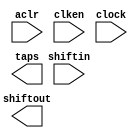
// megafunction wizard: %Shift register (RAM-based)%VBB%
// GENERATION: STANDARD
// VERSION: WM1.0
// MODULE: ALTSHIFT_TAPS 

// ============================================================
// Megafunction Name(s):
// 			ALTSHIFT_TAPS
//
// Simulation Library Files(s):
// 			altera_mf
// ============================================================
// ************************************************************
// THIS IS A WIZARD-GENERATED FILE. DO NOT EDIT THIS FILE!
//
// 18.0.0 Build 614 04/24/2018 SJ Lite Edition
// ************************************************************

//Copyright (C) 2018  Intel Corporation. All rights reserved.
//Your use of Intel Corporation's design tools, logic functions 
//and other software and tools, and its AMPP partner logic 
//functions, and any output files from any of the foregoing 
//(including device programming or simulation files), and any 
//associated documentation or information are expressly subject 
//to the terms and conditions of the Intel Program License 
//Subscription Agreement, the Intel Quartus Prime License Agreement,
//the Intel FPGA IP License Agreement, or other applicable license
//agreement, including, without limitation, that your use is for
//the sole purpose of programming logic devices manufactured by
//Intel and sold by Intel or its authorized distributors.  Please
//refer to the applicable agreement for further details.

module test_shift (
	aclr,
	clken,
	clock,
	shiftin,
	shiftout,
	taps);

	input	  aclr;
	input	  clken;
	input	  clock;
	input	[4:0]  shiftin;
	output	[4:0]  shiftout;
	output	[9:0]  taps;
`ifndef ALTERA_RESERVED_QIS
// synopsys translate_off
`endif
	tri1	  aclr;
	tri1	  clken;
`ifndef ALTERA_RESERVED_QIS
// synopsys translate_on
`endif

endmodule

// ============================================================
// CNX file retrieval info
// ============================================================
// Retrieval info: PRIVATE: ACLR NUMERIC "1"
// Retrieval info: PRIVATE: CLKEN NUMERIC "1"
// Retrieval info: PRIVATE: GROUP_TAPS NUMERIC "0"
// Retrieval info: PRIVATE: INTENDED_DEVICE_FAMILY STRING "Cyclone V"
// Retrieval info: PRIVATE: NUMBER_OF_TAPS NUMERIC "2"
// Retrieval info: PRIVATE: RAM_BLOCK_TYPE NUMERIC "3"
// Retrieval info: PRIVATE: SYNTH_WRAPPER_GEN_POSTFIX STRING "0"
// Retrieval info: PRIVATE: TAP_DISTANCE NUMERIC "250"
// Retrieval info: PRIVATE: WIDTH NUMERIC "5"
// Retrieval info: LIBRARY: altera_mf altera_mf.altera_mf_components.all
// Retrieval info: CONSTANT: INTENDED_DEVICE_FAMILY STRING "Cyclone V"
// Retrieval info: CONSTANT: LPM_HINT STRING "RAM_BLOCK_TYPE=AUTO"
// Retrieval info: CONSTANT: LPM_TYPE STRING "altshift_taps"
// Retrieval info: CONSTANT: NUMBER_OF_TAPS NUMERIC "2"
// Retrieval info: CONSTANT: TAP_DISTANCE NUMERIC "250"
// Retrieval info: CONSTANT: WIDTH NUMERIC "5"
// Retrieval info: USED_PORT: aclr 0 0 0 0 INPUT VCC "aclr"
// Retrieval info: USED_PORT: clken 0 0 0 0 INPUT VCC "clken"
// Retrieval info: USED_PORT: clock 0 0 0 0 INPUT NODEFVAL "clock"
// Retrieval info: USED_PORT: shiftin 0 0 5 0 INPUT NODEFVAL "shiftin[4..0]"
// Retrieval info: USED_PORT: shiftout 0 0 5 0 OUTPUT NODEFVAL "shiftout[4..0]"
// Retrieval info: USED_PORT: taps 0 0 10 0 OUTPUT NODEFVAL "taps[9..0]"
// Retrieval info: CONNECT: @aclr 0 0 0 0 aclr 0 0 0 0
// Retrieval info: CONNECT: @clken 0 0 0 0 clken 0 0 0 0
// Retrieval info: CONNECT: @clock 0 0 0 0 clock 0 0 0 0
// Retrieval info: CONNECT: @shiftin 0 0 5 0 shiftin 0 0 5 0
// Retrieval info: CONNECT: shiftout 0 0 5 0 @shiftout 0 0 5 0
// Retrieval info: CONNECT: taps 0 0 10 0 @taps 0 0 10 0
// Retrieval info: GEN_FILE: TYPE_NORMAL test_shift.v TRUE
// Retrieval info: GEN_FILE: TYPE_NORMAL test_shift.inc FALSE
// Retrieval info: GEN_FILE: TYPE_NORMAL test_shift.cmp FALSE
// Retrieval info: GEN_FILE: TYPE_NORMAL test_shift.bsf FALSE
// Retrieval info: GEN_FILE: TYPE_NORMAL test_shift_inst.v TRUE
// Retrieval info: GEN_FILE: TYPE_NORMAL test_shift_bb.v TRUE
// Retrieval info: LIB_FILE: altera_mf